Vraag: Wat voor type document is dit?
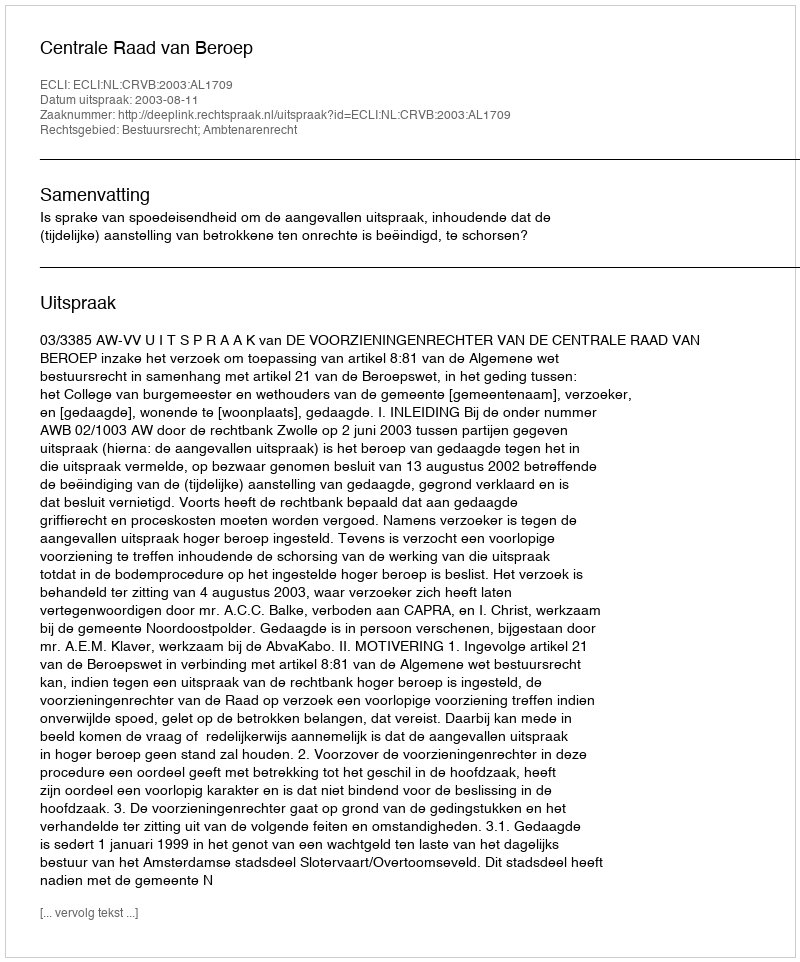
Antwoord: Uitspraak